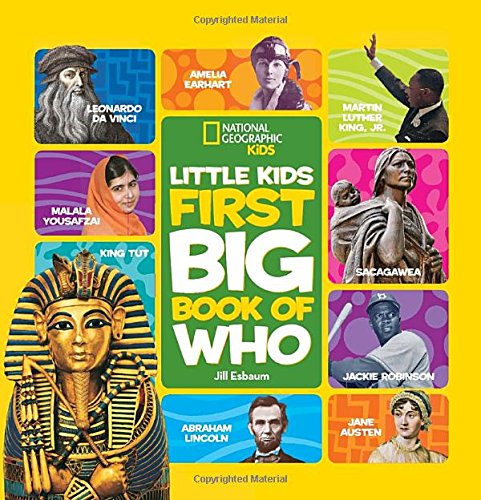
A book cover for National Geographic Little Kids First Big Book of Who (National Geographic Little Kids First Big Books); Jill Esbaum; Children's Books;